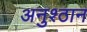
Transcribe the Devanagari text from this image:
अनुश्ठान